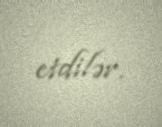
etdilər.